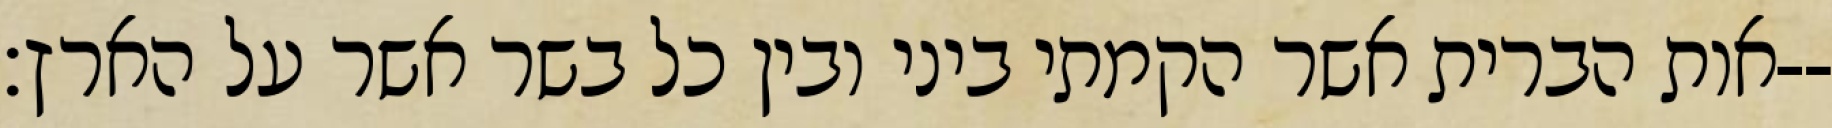
אות הברית אשר הקמתי ביני ובין כל בשר אשר על הארץ׃--